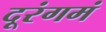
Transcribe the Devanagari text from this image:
दूरंगमं